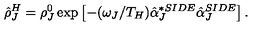
\hat { \rho } _ { J } ^ { H } = \rho _ { J } ^ { 0 } \exp \left[ - ( \omega _ { J } / T _ { H } ) \hat { \alpha } _ { J } ^ { * S I D E } \hat { \alpha } _ { J } ^ { S I D E } \right] .